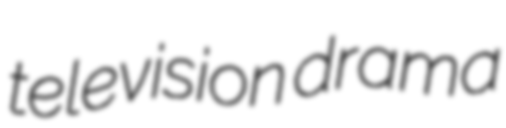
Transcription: television drama